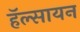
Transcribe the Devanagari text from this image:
हॅल्सायन